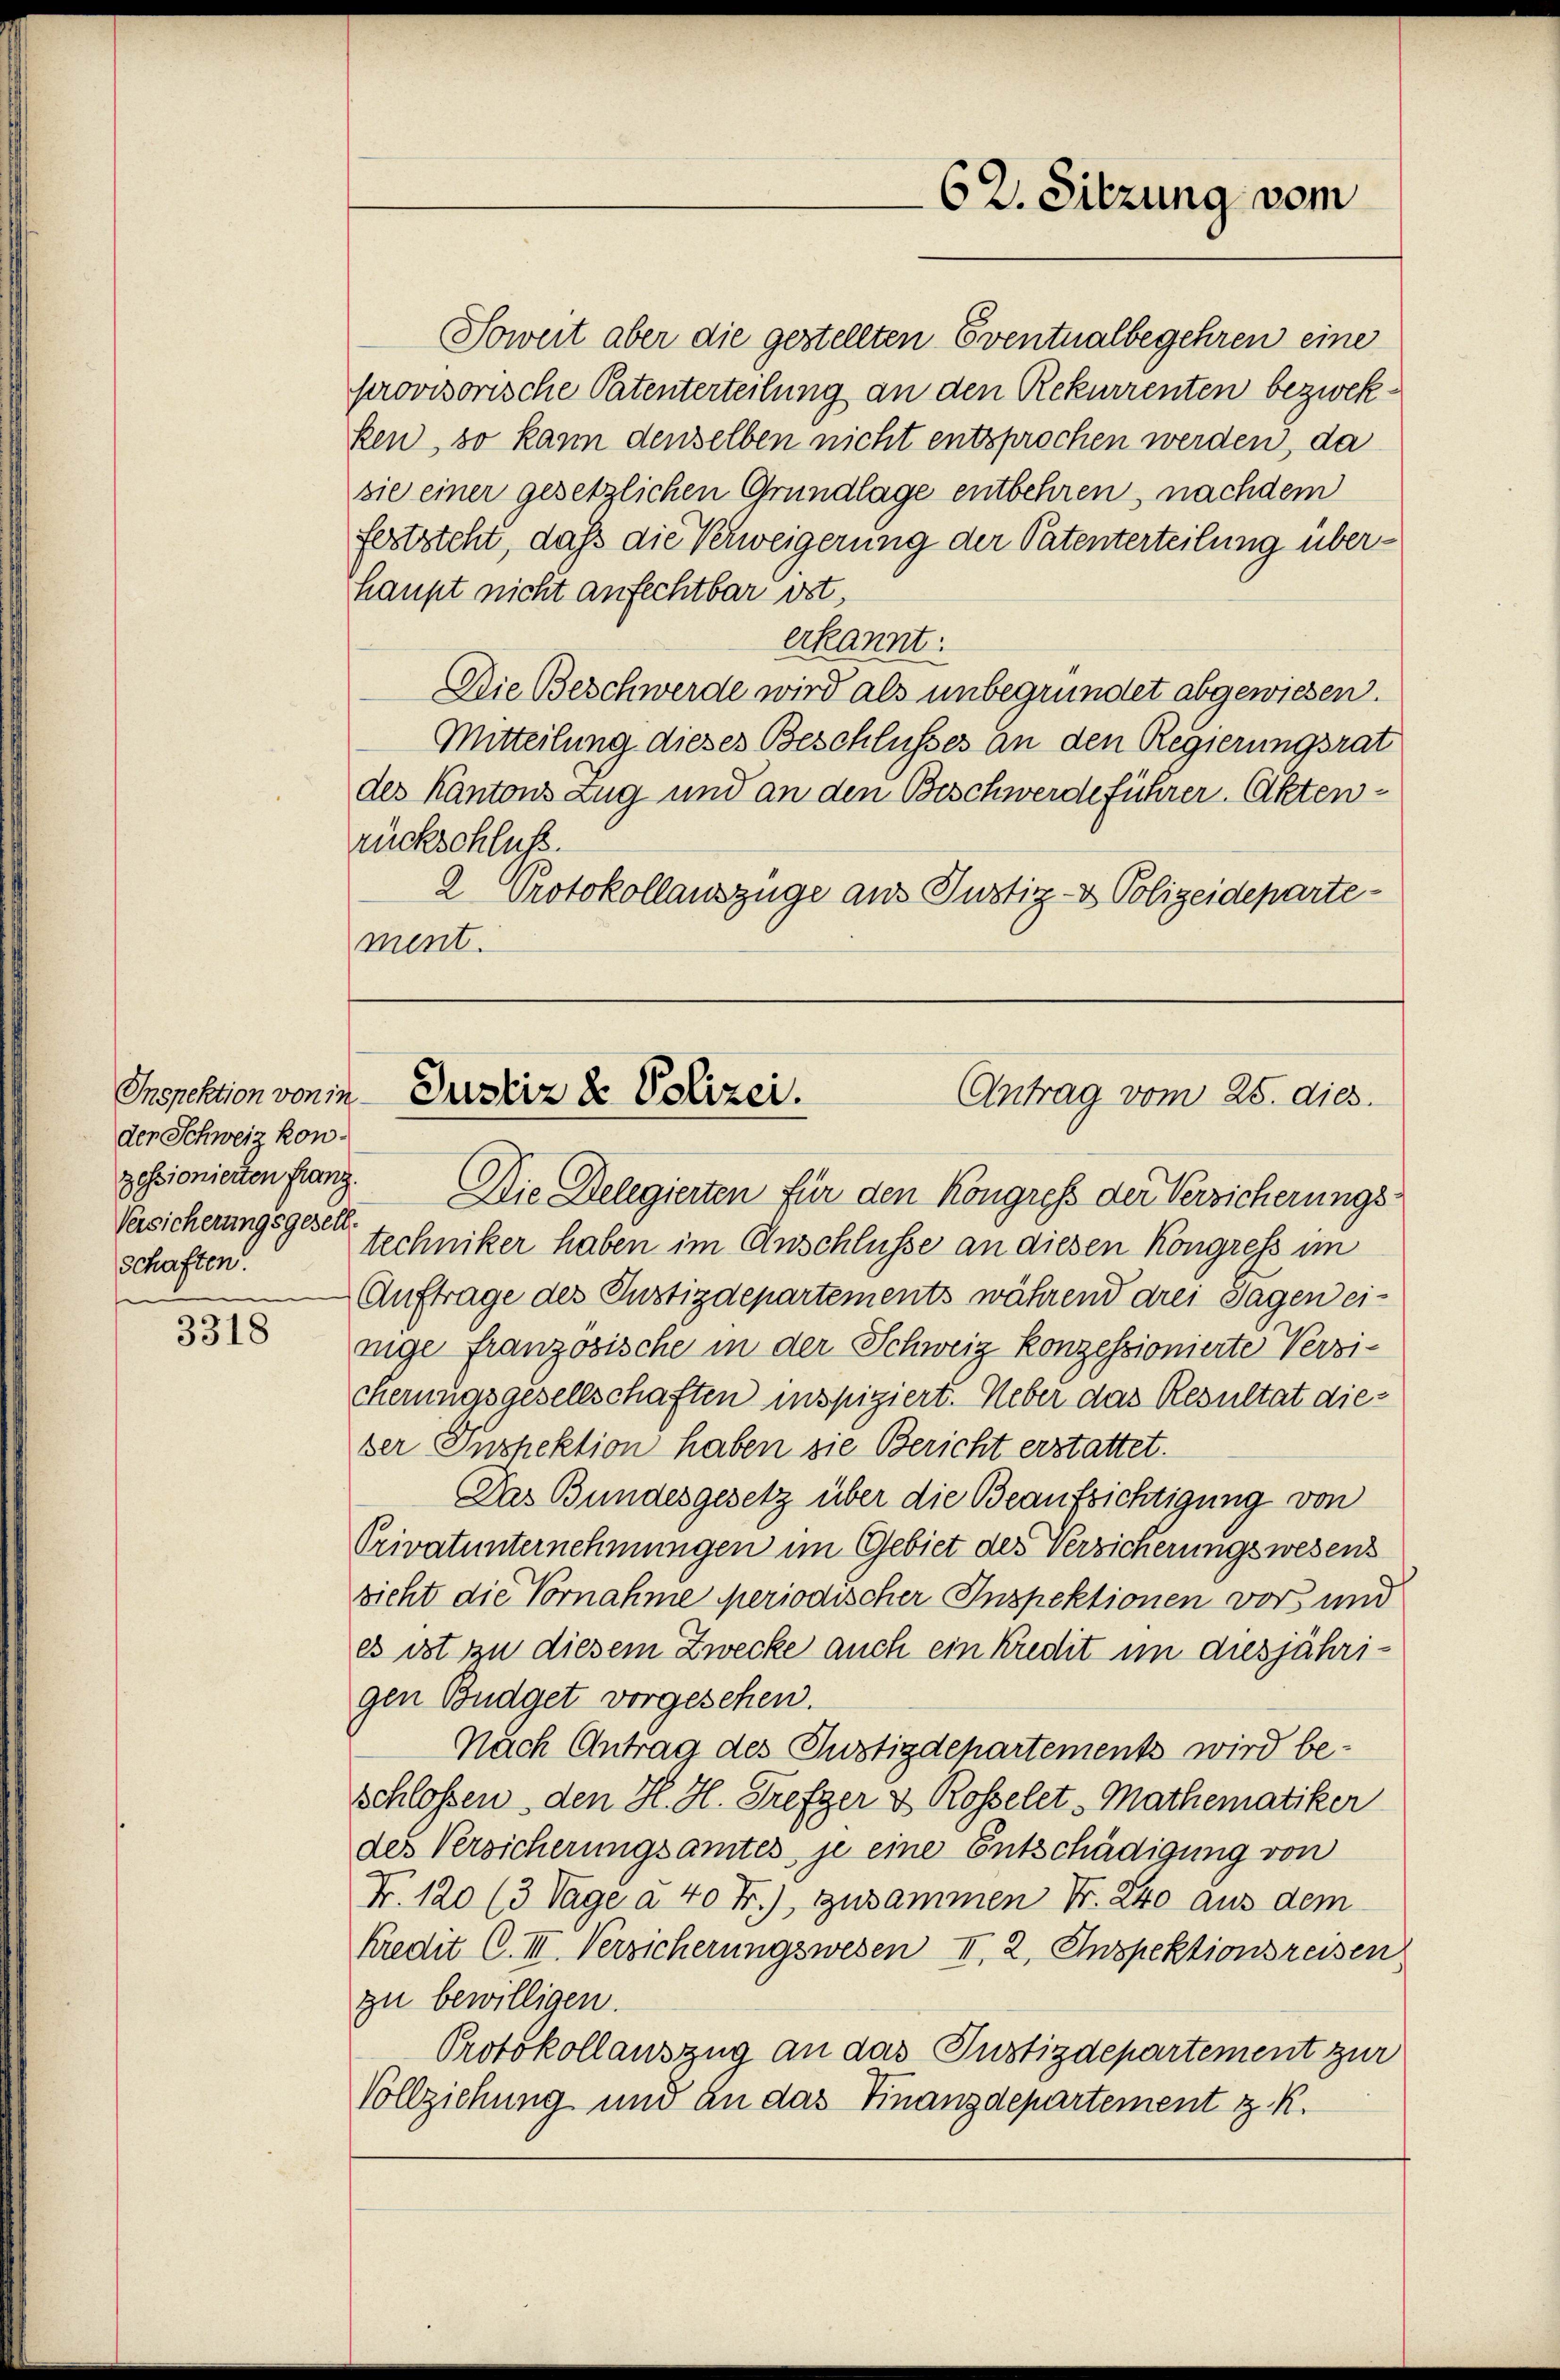
der Schweiz kon
Versicherungsgesell
schaften.
e

3318

Soweit aber die gestellten Eventualbegehren eine
provisorische Patenterteilung an den Rekurrenten bezwekken, so kann denselben nicht entsprochen werden, da
sie einer gesetzlichen Grundlage entbehren, nachdem
feststeht, daß die Verweigerung der Patenterteilung überhaupt nicht anfechtbar ist,
erkannt:
Die Beschwerde wird als unbegründet abgewiesen.
Mitteilung dieses Beschlusses an den Regierungsrat
des Kantons Zug und an den Beschwerdeführer Aktenrückschluß.
2 Protokollauszüge aus Justiz- & Polizeidepartement.

62. Sitzung vom

Prorektion von Justiz & Polizei.
Antrag vom 25. dies.

zessionierten franz. Die Delegierten für den Kongress der Versicherungstechniker haben im Anschlüsse an diesen Kongress im
Auftrage des Justizdepartements während drei Tagen einige französische in der Schweiz konzessionierte Versicherungsgesellschaften inspiziert. Ueber das Resultat dies
ser Inspektion haben sie Bericht erstattet.
Das Bundesgesetz über die Beaufsichtigung von
Privatunternehmungen im Gebiet des Versicherungswesens
sieht die Vornahme periodischer Inspektionen vor und
es ist zu diesem Zwecke auch ein Kredit in diesjährigen Budget vorgesehen.
Nach Antrag des Justizdepartements wird beschlossen, den H. H. Grefger & Rosselet, Mathematiker
des Versicherungsamtes je eine Entschädigung von
Nr. 120 (3 Tage à 40 Fr.) zusammen Fr. 240 aus dem
Kredit C. III. Versicherungswesen II, 2, Inspektionsreisen
zu bewilligen.
Protokollauszug an das Justizdepartement zur
Vollziehung und an das Finanzdepartement z. K.